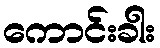
ကောင်းခါး